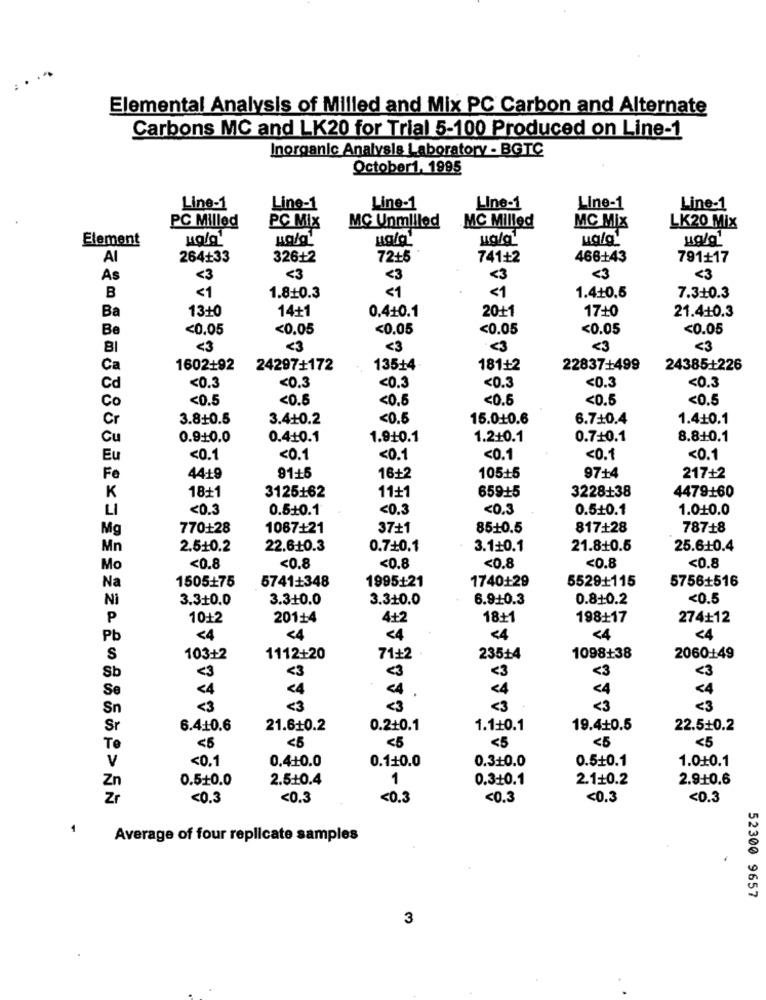
.
Elemental Analysis of Milled and Mix PC Carbon and Alternate
Carbons MC and LK20 for Trial 5-100 Produced on Line-1
Inorganic Analysis Laboratory - BGTC
October1, 1995
Line-1
Line-1
Line-1
Line-1
Line-1
Line-1
PC Milled
MC Unmilled
LK20 Mix
PC Mix
MC Milled
MC Mix
Element
uala
Lglg
ug/a
mg/g'
ug/a
AI
264+33
326+2
72+5
741+2
466+43
791+17
As
<3
<3
<3
<3
<3
<3
<1
<1
51
B
1.8+0.3
1.4+0.5
7.3+0.3
13+0
14+1
0.4+0.1
20+1
17+0
21.410.3
Ba
Be
<0.05
<0.05
<0.05
<0.05
<0.05
<0.05
BI
<3
<3
<3
<3
<3
<3
Ca
1602+92
24297+172
13514
181+2
22837+499
24385-+226
Cd
<0.3
<0.3
<0.3
<0.3
<0.3
<0.3
Co
<0.5
<0.5
<0.5
<0.6
<0.5
<0.5
Cr
3.8+0.5
3.4.10.2
<0.5
15.0+0.6
6.710.4
1.4+0.1
Cu
0.9+0.0
0.4+0.1
1.9+0.1
1.2+0.1
0.7+0.1
8.8+0.1
Eu
<0.1
<0.1
<0.1
<0.1
<0.1
<0.1
Fe
4419
91+5
16+2
105+5
97+4
217+2
659-15
3228+38
K
18+1
3125162
11+1
4479160
LI
<0.3
0.5+0.1
<0.3
<0.3
0.5+0.1
1.010.0
Mg
770+28
1067+21
37+1
85+0.5
817+28
787+8
Mn
2.5+0.2
22.6.10.3
0.7+0.1
3.1+0.1
21.8+0.5
25.6+0.4
<0.8
<0.8
<0.8
Mo
<0.8
<0.8
<0.8
1505+75
5529+115
5756+516
Na
5741+348
1995+21
1740+29
Ni
3.3+0.0
3.3+0.0
3.310.0
6.9-10.3
0.810.2
<0.5
P
10+2
201+4
4+2
18+1
198+17
274+12
Pb
<4
<4
<4
<4
<4
<4
S
103+2
1112+20
71+2
235+4
1098+38
2060-149
<3
<3
<3
<3
<3
Sb
<3
Se
<4
<4
.
<4
<4
<4
Sn
<3
<3
<3
<3
<3
Sr
6.410.6
21.6+0.2
0.2+0.1
1.1+0.1
19.4+0.5
22.5+0.2
<5
<5
<5
Te
<5
<5
<5
<0.1
0.3+0.0
0.5+0.1
1.010.1
V
0.4+0.0
0.1+0.0
0.5+0.0
2.5.10.4
1
0.3:10.1
2.1+0.2
2.9+0.6
Zn
Zr
<0.3
<0.3
<0.3
<0.3
<0.3
<0.3
1
Average of four replicate samples
52300 9657
3